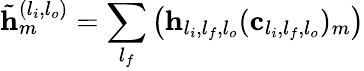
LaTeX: \tilde{\mathbf{h}}_{m}^{(l_{i},l_{o})}=\sum_{l_{f}}\left(\mathbf{h}_{l_{i},l_{f},l_{o}}(\mathbf{c}_{l_{i},l_{f},l_{o}})_{m}\right)